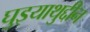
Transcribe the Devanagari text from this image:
घुइयाथुद्दीन